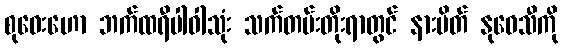
စုဝေးဟော ဘက်ထရီပါဝါသုံး သက်တမ်းတိုးရာတွင် နားပိတ် နုဝေသီကို